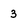
Character: 3